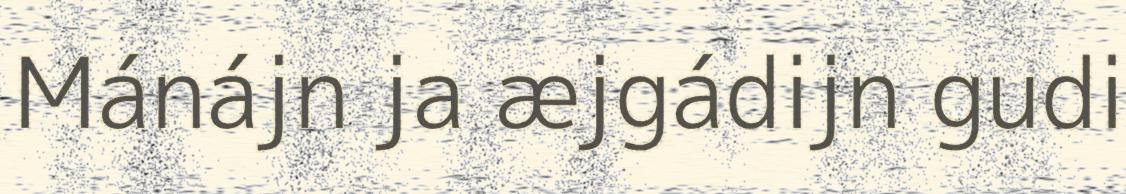
Mánájn ja æjgádijn gudi